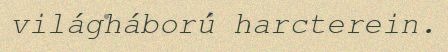
világháború harcterein.